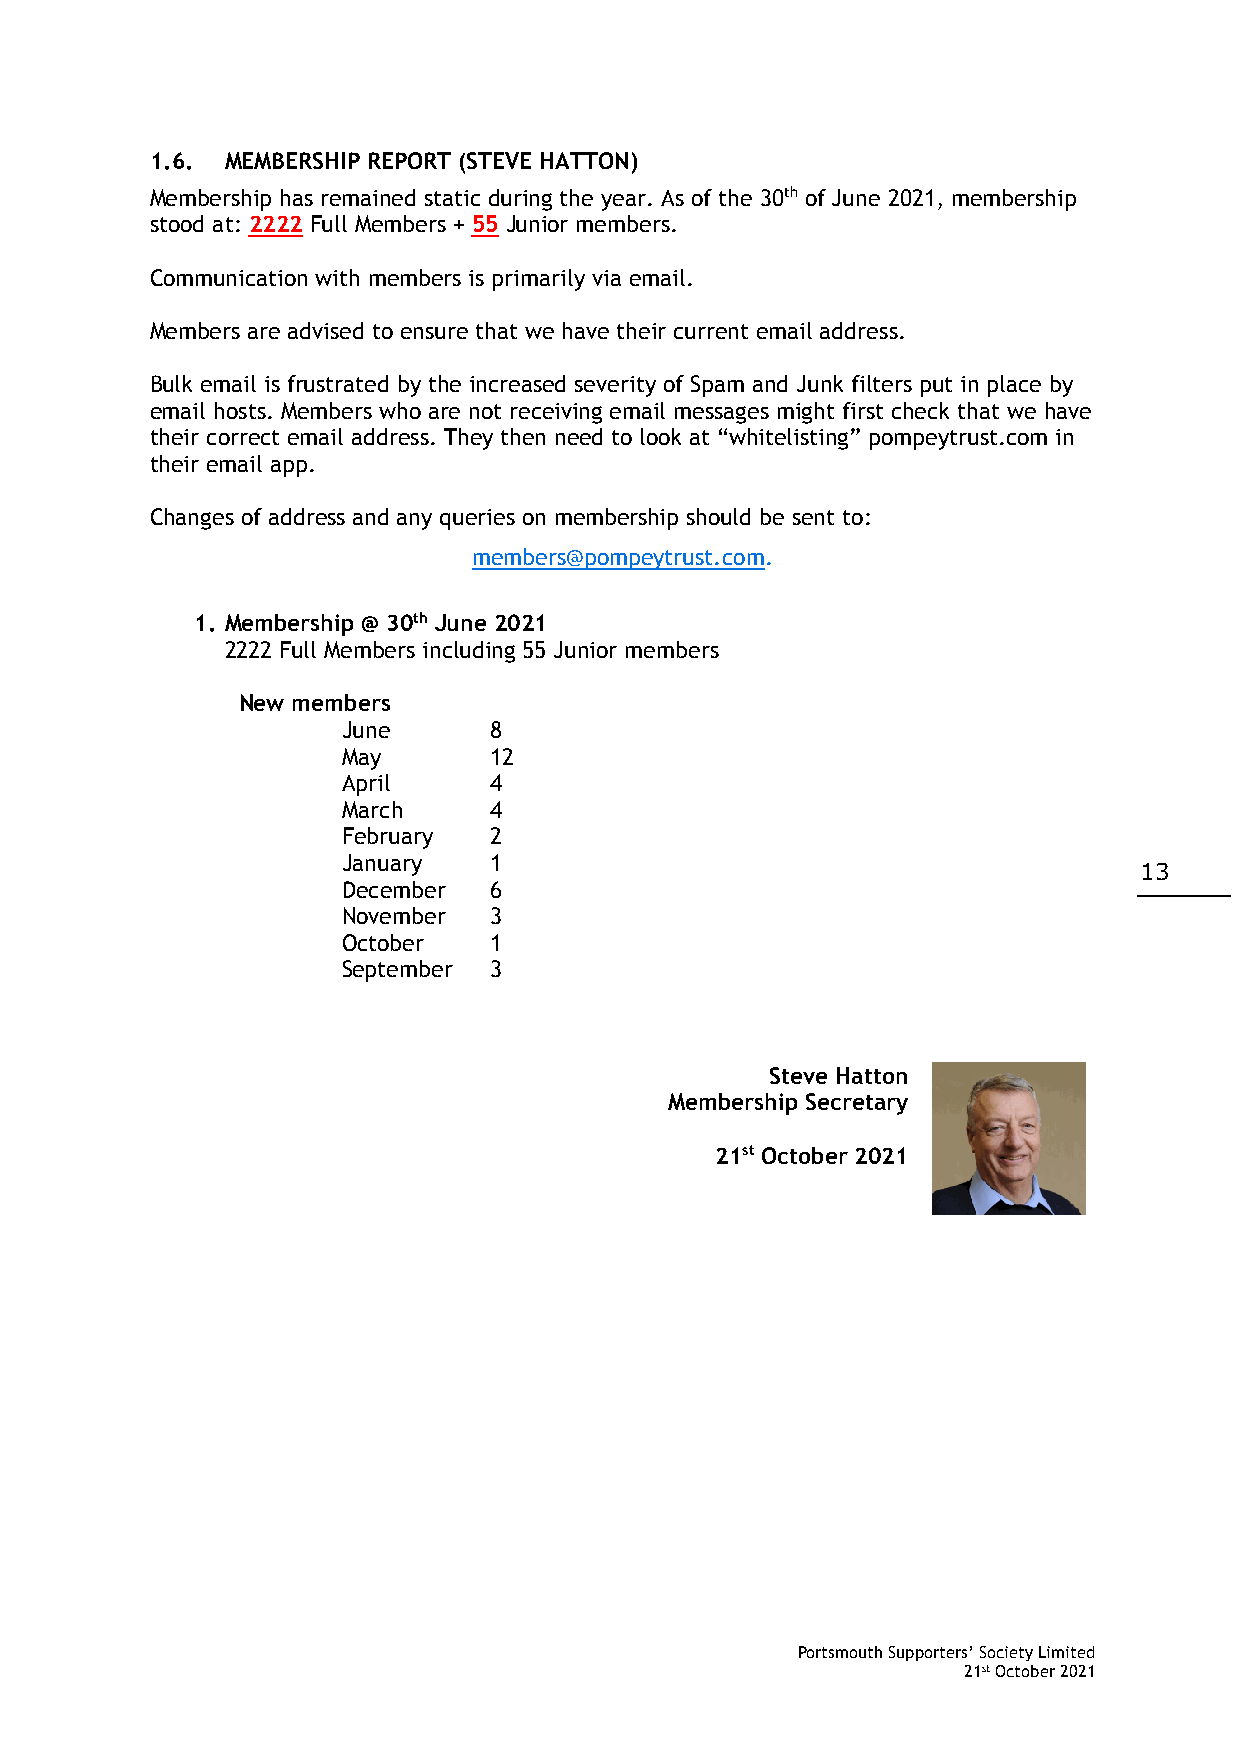
1.6. MEMBERSHIP REPORT (STEVE HATTON)
 Membership has remained static during the year. As of the 30th of June 2021, membership
 stood at: 2222 Full Members + 55 Junior members.
 Communication with members is primarily via email.
 Members are advised to ensure that we have their current email address.
 Bulk email is frustrated by the increased severity of Spam and Junk filters put in place by
 email hosts. Members who are not receiving email messages might first check that we have
 their correct email address. They then need to look at “whitelisting” pompeytrust.com in
 their email app.
 Changes of address and any queries on membership should be sent to:
 members@pompeytrust.com.
 1. Membership @ 30th June 2021
 2222 Full Members including 55 Junior members
 New members
 June     8
 May      12
 April    4
 March    4
 February 2
 January  1
 13
 December 6
 November 3
 October  1
 September 3
 Steve Hatton
 Membership Secretary
 21st October 2021
 Portsmouth Supporters’ Society Limited
 21st October 2021